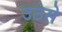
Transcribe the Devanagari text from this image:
उठसे